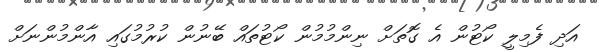
އަދި ފެމިލީ ކޯޓުން އެ ގޮތަށް ނިންމުމުން ކޯޓުތައް ބޭނުން ކުރުމުގައި އާންމުންނަށް